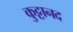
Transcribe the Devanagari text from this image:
कुट्टानद